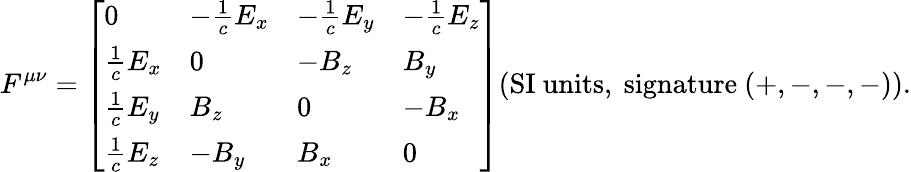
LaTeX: F^{\mu\nu}={\left[\begin{array}{llll}{0}&{-{\frac{1}{c}}E_{x}}&{-{\frac{1}{c}}E_{y}}&{-{\frac{1}{c}}E_{z}}\\ {{\frac{1}{c}}E_{x}}&{0}&{-B_{z}}&{B_{y}}\\ {{\frac{1}{c}}E_{y}}&{B_{z}}&{0}&{-B_{x}}\\ {{\frac{1}{c}}E_{z}}&{-B_{y}}&{B_{x}}&{0}\end{array}\right]}{\mathrm{(SI~units,~signature~}}(+,-,-,-){\mathrm{)}}.